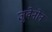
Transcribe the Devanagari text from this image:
जुवेनोन